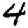
Digit: 4